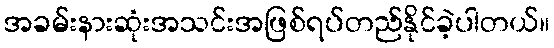
အခမ်းနားဆုံးအသင်းအဖြစ်ရပ်တည်နိုင်ခဲ့ပါတယ်။